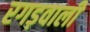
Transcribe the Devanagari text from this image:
रगड़वाली